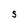
Character: S